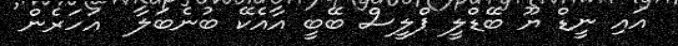
އައި ނީޑް ޔޫ ބޭޑްލީ ޕްލީސް ބޭބީ އާއެކޭ ބުނެބަލާ  އަހަރެން